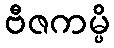
ဗီဇကမ္ပိ